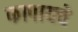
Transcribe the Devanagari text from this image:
कापायचे